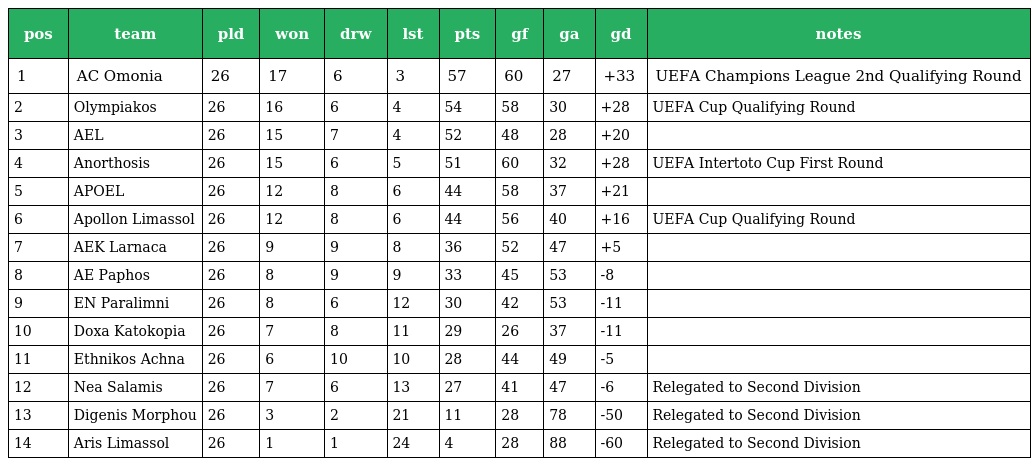
| pos | team | pld | won | drw | lst | pts | gf | ga | gd | notes |
 | --- | --- | --- | --- | --- | --- | --- | --- | --- | --- | --- |
 | 1 | AC Omonia | 26 | 17 | 6 | 3 | 57 | 60 | 27 | +33 | UEFA Champions League 2nd Qualifying Round |
 | 2 | Olympiakos | 26 | 16 | 6 | 4 | 54 | 58 | 30 | +28 | UEFA Cup Qualifying Round |
 | 3 | AEL | 26 | 15 | 7 | 4 | 52 | 48 | 28 | +20 |  |
 | 4 | Anorthosis | 26 | 15 | 6 | 5 | 51 | 60 | 32 | +28 | UEFA Intertoto Cup First Round |
 | 5 | APOEL | 26 | 12 | 8 | 6 | 44 | 58 | 37 | +21 |  |
 | 6 | Apollon Limassol | 26 | 12 | 8 | 6 | 44 | 56 | 40 | +16 | UEFA Cup Qualifying Round |
 | 7 | AEK Larnaca | 26 | 9 | 9 | 8 | 36 | 52 | 47 | +5 |  |
 | 8 | AE Paphos | 26 | 8 | 9 | 9 | 33 | 45 | 53 | -8 |  |
 | 9 | EN Paralimni | 26 | 8 | 6 | 12 | 30 | 42 | 53 | -11 |  |
 | 10 | Doxa Katokopia | 26 | 7 | 8 | 11 | 29 | 26 | 37 | -11 |  |
 | 11 | Ethnikos Achna | 26 | 6 | 10 | 10 | 28 | 44 | 49 | -5 |  |
 | 12 | Nea Salamis | 26 | 7 | 6 | 13 | 27 | 41 | 47 | -6 | Relegated to Second Division |
 | 13 | Digenis Morphou | 26 | 3 | 2 | 21 | 11 | 28 | 78 | -50 | Relegated to Second Division |
 | 14 | Aris Limassol | 26 | 1 | 1 | 24 | 4 | 28 | 88 | -60 | Relegated to Second Division |